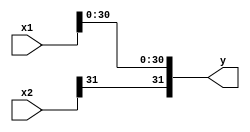
module fsgnj(
    input wire [31:0] x1,
    input wire [31:0] x2,
    output wire [31:0] y
    );
    assign y = {x2[31], x1[30:0]};
endmodule

module fsgnjn(
    input wire [31:0] x1,
    input wire [31:0] x2,
    output wire [31:0] y
    );
    assign y = {~x2[31], x1[30:0]};
endmodule